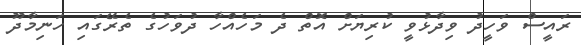
ރައީސް ވަހީދު ވިދާޅުވީ ކުރިޔަށް އޮތް ދެ މަހެއްހާ ދުވަހުގެ ތެރޭގައި ހަނިމާދޫ